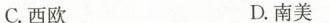
C.西欧 D.南美